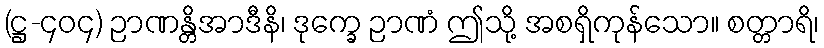
(ဋ္ဌ-၄၀၄) ဉာဏန္တိအာဒီနိ၊ ဒုက္ခေ ဉာဏံ ဤသို့ အစရှိကုန်သော။ စတ္တာရိ၊